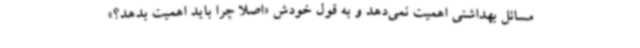
مسائل بهداشتی اهمیت نمی‌دهد و به قول خودش «اصلاً چرا باید اهمیت بدهد؟»